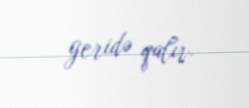
geridə qalır.